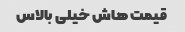
قیمت هاش خیلی بالاس